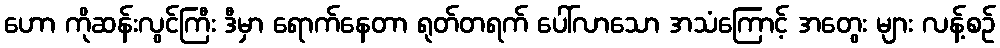
ဟော ကိုဆန်းလွင်ကြီး ဒီမှာ ရောက်နေတာ ရုတ်တရက် ပေါ်လာသော အသံကြောင့် အတွေး များ လန့်စဉ်